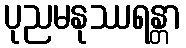
ပုညမနုဿရန္တာ